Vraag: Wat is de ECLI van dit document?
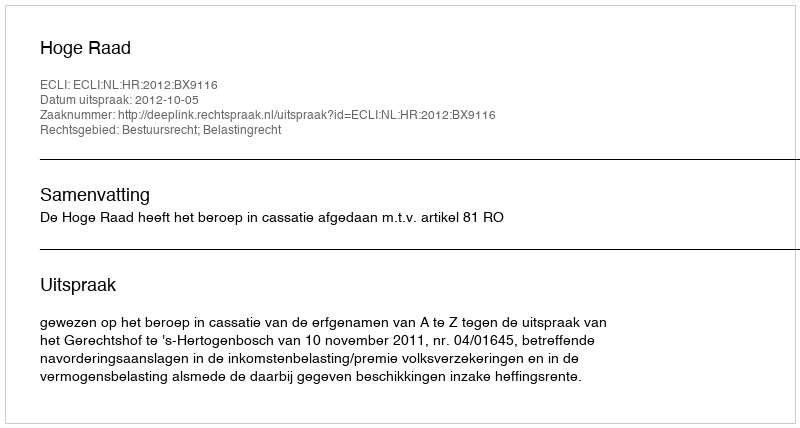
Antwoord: ECLI:NL:HR:2012:BX9116